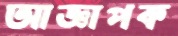
আজ্ঞাপক